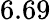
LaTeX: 6.69